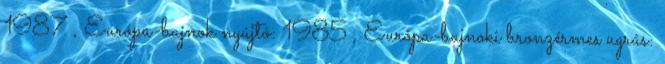
1987 , Európa-bajnok nyújtó: 1985 , Európa-bajnoki bronzérmes ugrás: